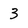
Character: 3